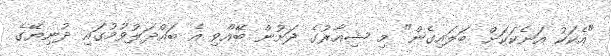
"އެކަކު އަނެކަކަށް ބަލައިގެން" މި ޝިއާރުގެ ދަށުން ބޭއްވި އެ ބައްދަލުވުމުގައި ދުނިޔޭގެ